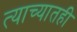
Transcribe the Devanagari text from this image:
त्याच्यातही